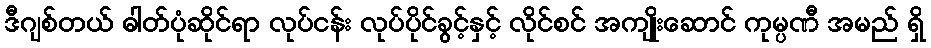
ဒီဂျစ်တယ် ဓါတ်ပုံဆိုင်ရာ လုပ်ငန်း လုပ်ပိုင်ခွင့်နှင့် လိုင်စင် အကျိုးဆောင် ကုမ္ပဏီ အမည် ရှိ